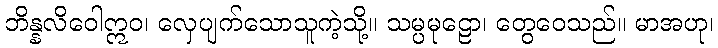
ဘိန္နလိဝေါဣဝ၊ လှေပျက်သောသူကဲ့သို့။ သမ္ပမုဠော၊ တွေဝေသည်။ မာအဟု၊